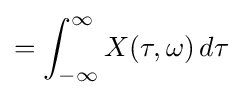
=\int _{-\infty }^{\infty }X(\tau ,\omega )\,d\tau